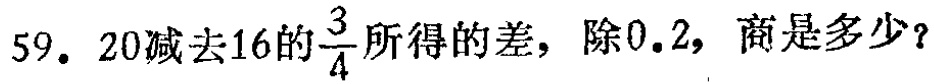
59. $20$减去$16$的$\frac{3}{4}$所得的差，除$0.2$，商是多少？